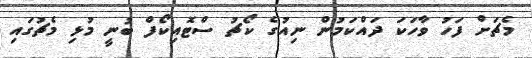
މެޗަށް ފަހު ވާހަކަ ދައްކަމުން ނިއުގެ ކޯޗު ސްޓޮއިކޯފް ބުނީ މުޅި މެޗުގައި